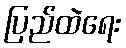
ပြည်ထဲရေး